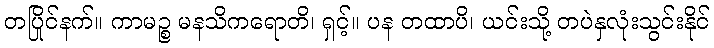
တပြိုင်နက်။ ကာမဉ္စ မနသိကရောတိ၊ ရှင့်။ ပန တထာပိ၊ ယင်းသို့ တပဲနှလုံးသွင်းနိုင်